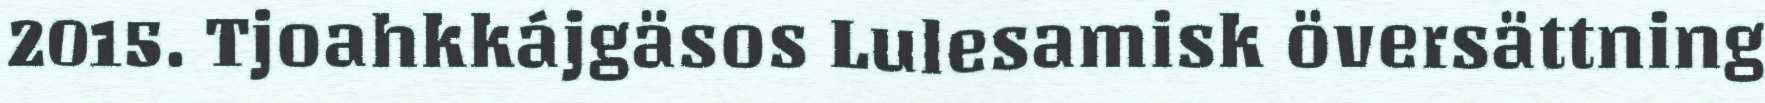
2015. Tjoahkkájgäsos Lulesamisk översättning